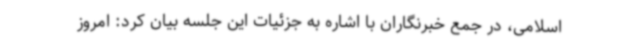
اسلامی، در جمع خبرنگاران با اشاره به جزئیات این جلسه بیان کرد: امروز